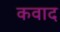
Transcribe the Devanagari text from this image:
कवाद